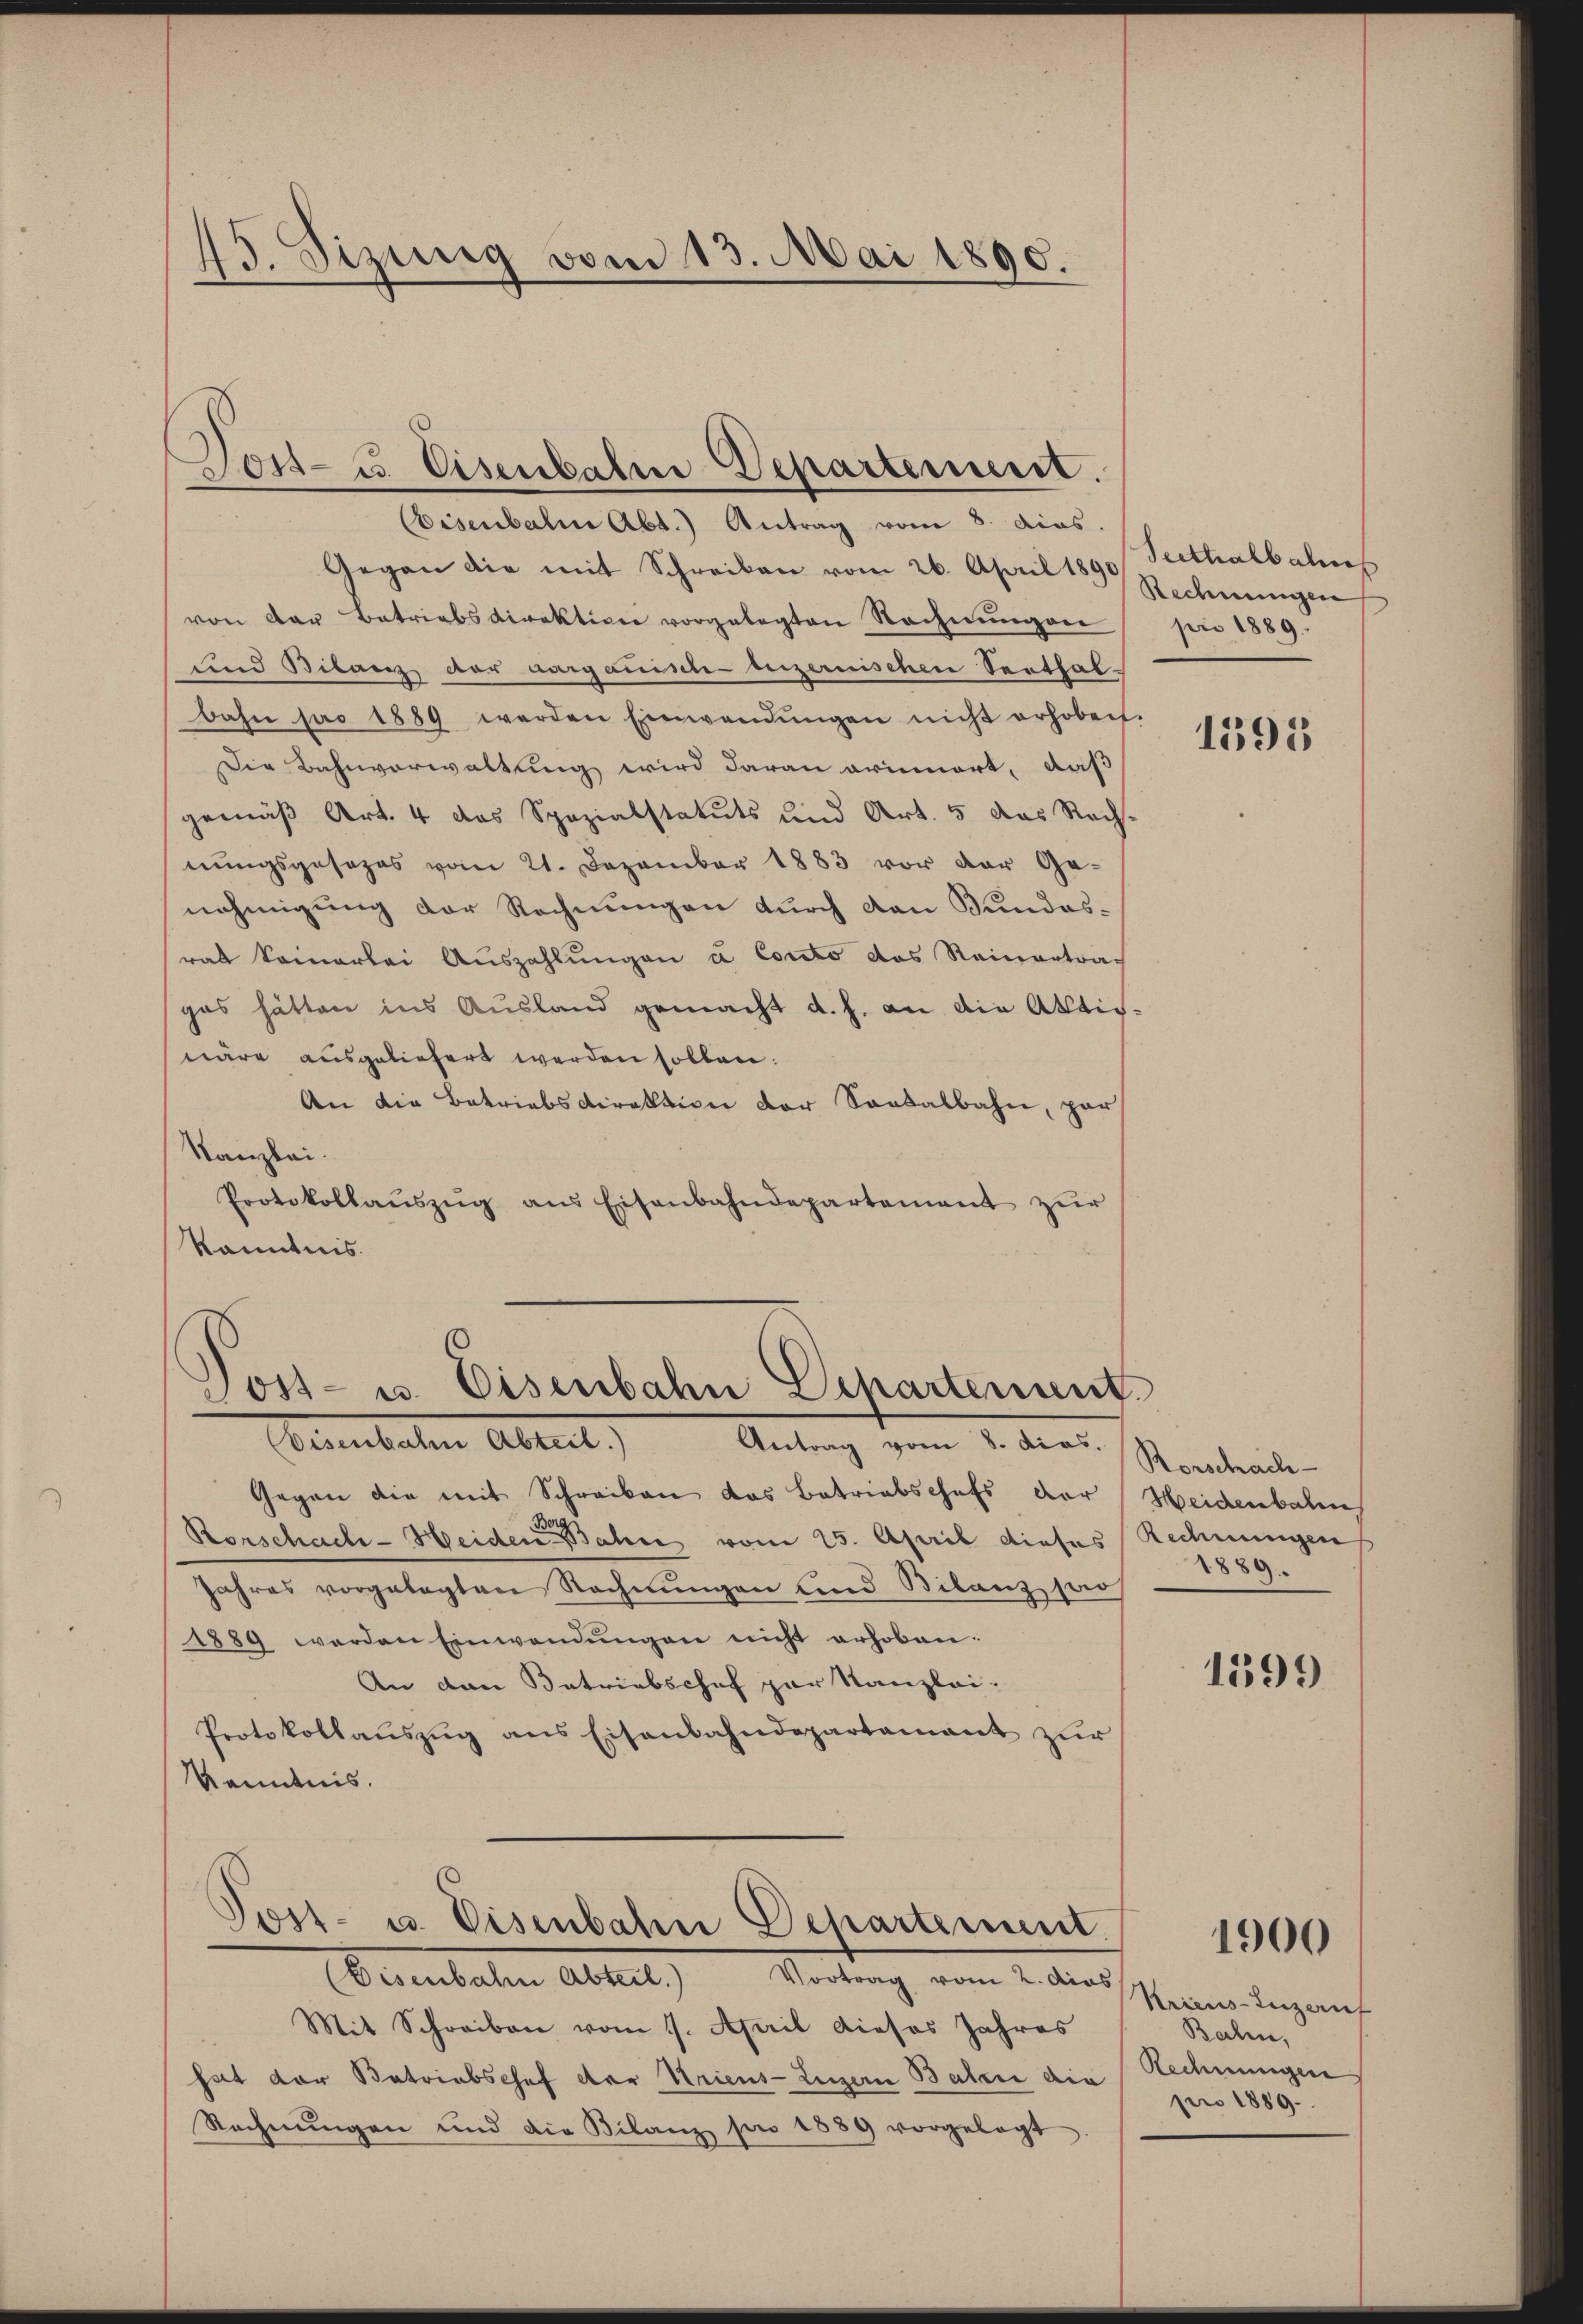
45. Sizung vom 13. Mai 1890.

Eisenbahn Abt.) Antrag vom 8. dies.
Gegen die mit Schreiben vom 26. April 1890 Seithalbahns
von der Betriebsdirektion vorgelegten Rechnŭngen pro 1889.
und Bilanz der aargauische luzernischen Seethal-
bahn pro 1889 werden Einwendŭngen nicht erhoben.
Die Bahnverwaltung wird daran erinnert, daß
gemäß Art. 4 das Spezialstatuts und Art. 5 das Rech-
nungsgesezes vom 21. Dezember 1883 vor der Genehmigung der Rechnungen durch den Bundesrat keinerlei Aŭszahlŭngen à Conto das Reinertrag
gas hätten ins Aŭsland gemacht d. h. an die Aktiv-
näre ausgeliefert werden sollen:
An die Betriebsdirektion der Sontalbahn, par
Kanzlei.
Protokollaŭszŭg ans Eisenbahndepartement zŭr
kanntnis.

Dost- u Eisenbahn Departement.

Dost- u. Eisenbahn Departement

Seebachen Abreit,
Gegen die mit Schreiben das Betriebschefs der Heidenbale
Rorschach-Heiden Bahn vom 25. April dieses Rechnungen
Jahres vorgelegten Rechnŭngen und Bilanz sa
1889 werden Einwendŭngen nicht erhoben.
An den Betriebschof zur Kanzlei-
Protokollaŭszŭg ans Eisenbahndepartamant zŭr
Kenntnis.

Post- u. Eisenbahn Departement.

Eisenbahn Abteil. Vortrag vom 2. dies
Mit Schreiben vom 1. April dieses Jahres
hat der Betriebschef der Striens- Luzern Bater die Rechnungen
Rechnŭngen und die Bilanz pro 1889 vorgelegt.

Antrag vom 8. dios. Rorschach-

Rechnungen

1595

1889

1399

1900

Kriens-Inzauf
Bahn,
pro 1889.